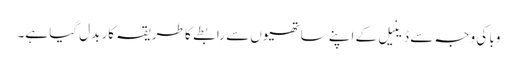
وبا کی وجہ سے ڈینیل کے اپنے ساتھیوں سے رابطے کا طریقہ کار بدل گیا ہے۔